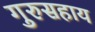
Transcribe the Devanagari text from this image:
गुरुसहाय